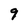
Character: 9